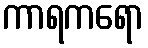
ကာရကရော